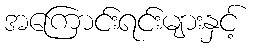
အကြောင်းရင်းများနှင့်